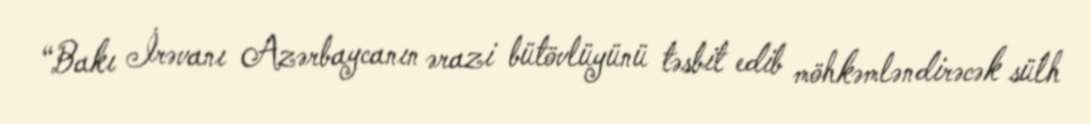
“Bakı İrəvanı Azərbaycanın ərazi bütövlüyünü təsbit edib möhkəmləndirəcək sülh